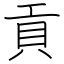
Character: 貢